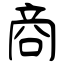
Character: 商